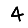
Digit: 4